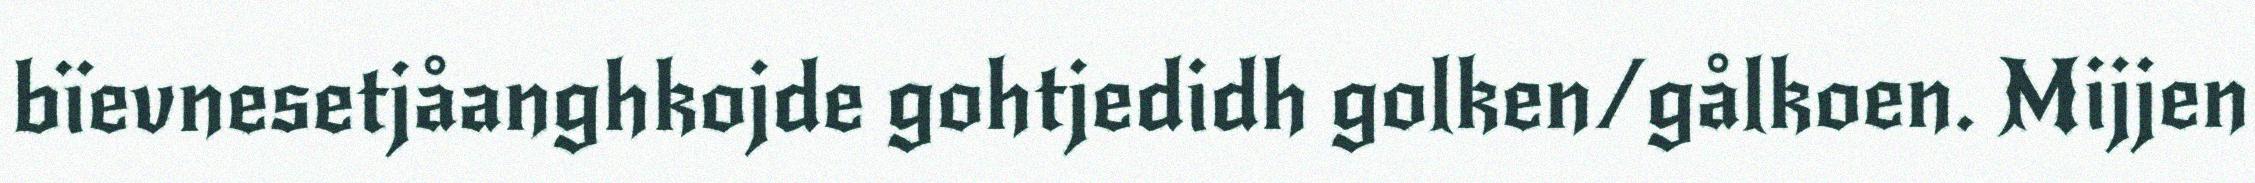
bïevnesetjåanghkojde gohtjedidh golken/gålkoen. Mijjen